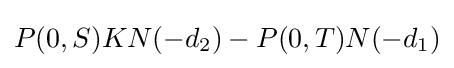
P(0,S)KN(-d_{2})-P(0,T)N(-d_{1})